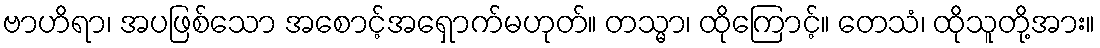
ဗာဟိရာ၊ အပဖြစ်သော အစောင့်အရှောက်မဟုတ်။ တသ္မာ၊ ထိုကြောင့်။ တေသံ၊ ထိုသူတို့အား။